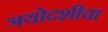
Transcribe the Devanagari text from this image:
त्रयोदशीचा